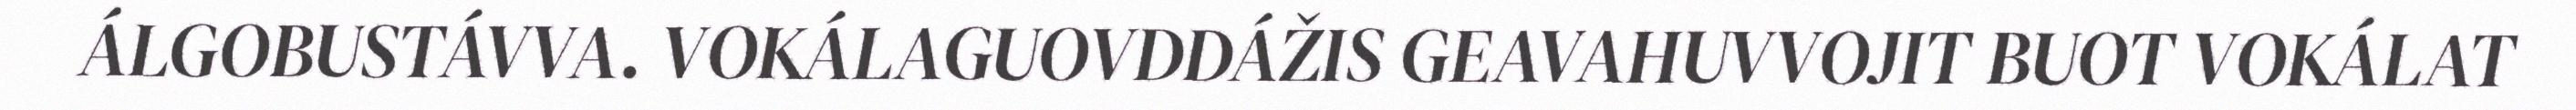
ÁLGOBUSTÁVVA. VOKÁLAGUOVDDÁŽIS GEAVAHUVVOJIT BUOT VOKÁLAT